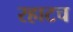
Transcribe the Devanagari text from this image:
रहाटच